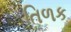
તિળક